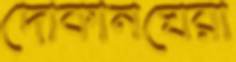
দোকানঘেরা